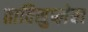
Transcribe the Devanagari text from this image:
ताविसुप्लेबा